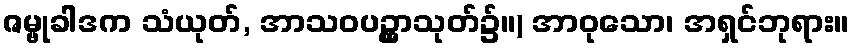
ဇမ္ဗုခါဒက သံယုတ်, အာသဝပဥ္ထှာသုတ်၌။) အာဝုသော၊ အရှင်ဘုရား။